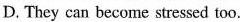
D. They can become stressed too